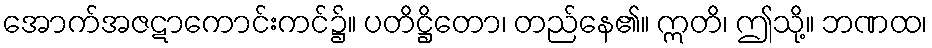
အောက်အဇဋာကောင်းကင်၌။ ပတိဋ္ဌိတော၊ တည်နေ၏။ ဣတိ၊ ဤသို့။ ဘဏထ၊